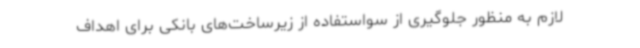
لازم به‌ منظور جلوگیری از سواستفاده از زیرساخت‌های بانکی برای اهداف